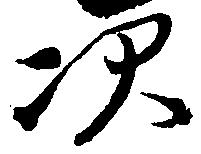
次